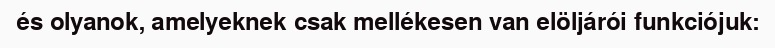
és olyanok, amelyeknek csak mellékesen van elöljárói funkciójuk: